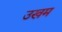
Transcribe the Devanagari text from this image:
उखम